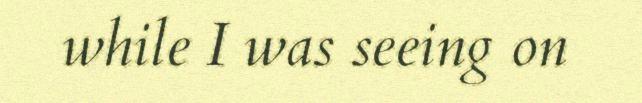
while I was seeing on